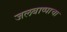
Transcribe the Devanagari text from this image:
जलबाष्पाचा